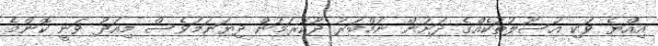
އިއްޔެ ވަކި އުސޫލުތަކެއްގެ ދަށުން ނަމްބަރު ދޫކުރަމުން ދިޔަނަމަވެސް މިއަދު ވަނީ ކޮންމެ